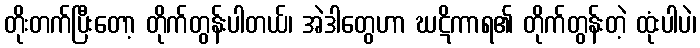
တိုးတက်ပြီးတော့ တိုက်တွန်းပါတယ်၊ အဲဒါတွေဟာ ဃဋိကာရ၏ တိုက်တွန်းတဲ့ ထုံးပါပဲ၊